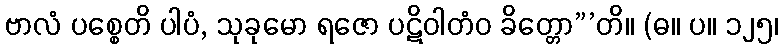
ဗာလံ ပစ္စေတိ ပါပံ, သုခုမော ရဇော ပဋိဝါတံဝ ခိတ္တော”’တိ။ (ဓ။ ပ။ ၁၂၅၊